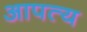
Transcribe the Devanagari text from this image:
आपत्य